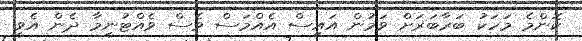
ކޮންމެ މަހަކު ބަރާބަރަށް ވަމުން އައިސް އެއްމަސް ވެސް ވެއްޓުނީމާ ދެން އެވީ